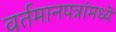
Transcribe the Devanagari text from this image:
वर्तमानपत्रांमध्यॆ